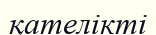
қателікті